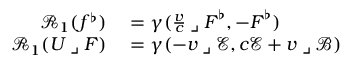
\begin{array} { r l } { \mathcal { R } _ { 1 } ( f ^ { \flat } ) } & { { } = \gamma ( \frac { \boldsymbol { v } } { c } \mathbin { \lrcorner } \boldsymbol { F } ^ { \flat } , - \boldsymbol { F } ^ { \flat } ) } \\ { \mathcal { R } _ { 1 } ( U \mathbin { \lrcorner } F ) } & { { } = \gamma ( - \boldsymbol { v } \mathbin { \lrcorner } \mathscr { E } , c \mathscr { E } + \boldsymbol { v } \mathbin { \lrcorner } \mathscr { B } ) } \end{array}